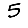
Digit: 5